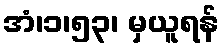
အံ၊၁၊၅၃၊ မှယူရန်